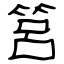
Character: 筥